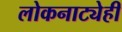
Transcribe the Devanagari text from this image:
लोकनाट्येही